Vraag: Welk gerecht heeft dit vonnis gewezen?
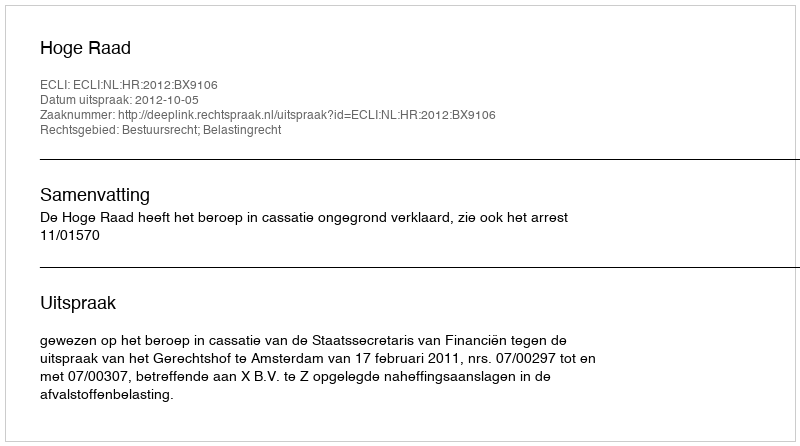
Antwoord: Hoge Raad